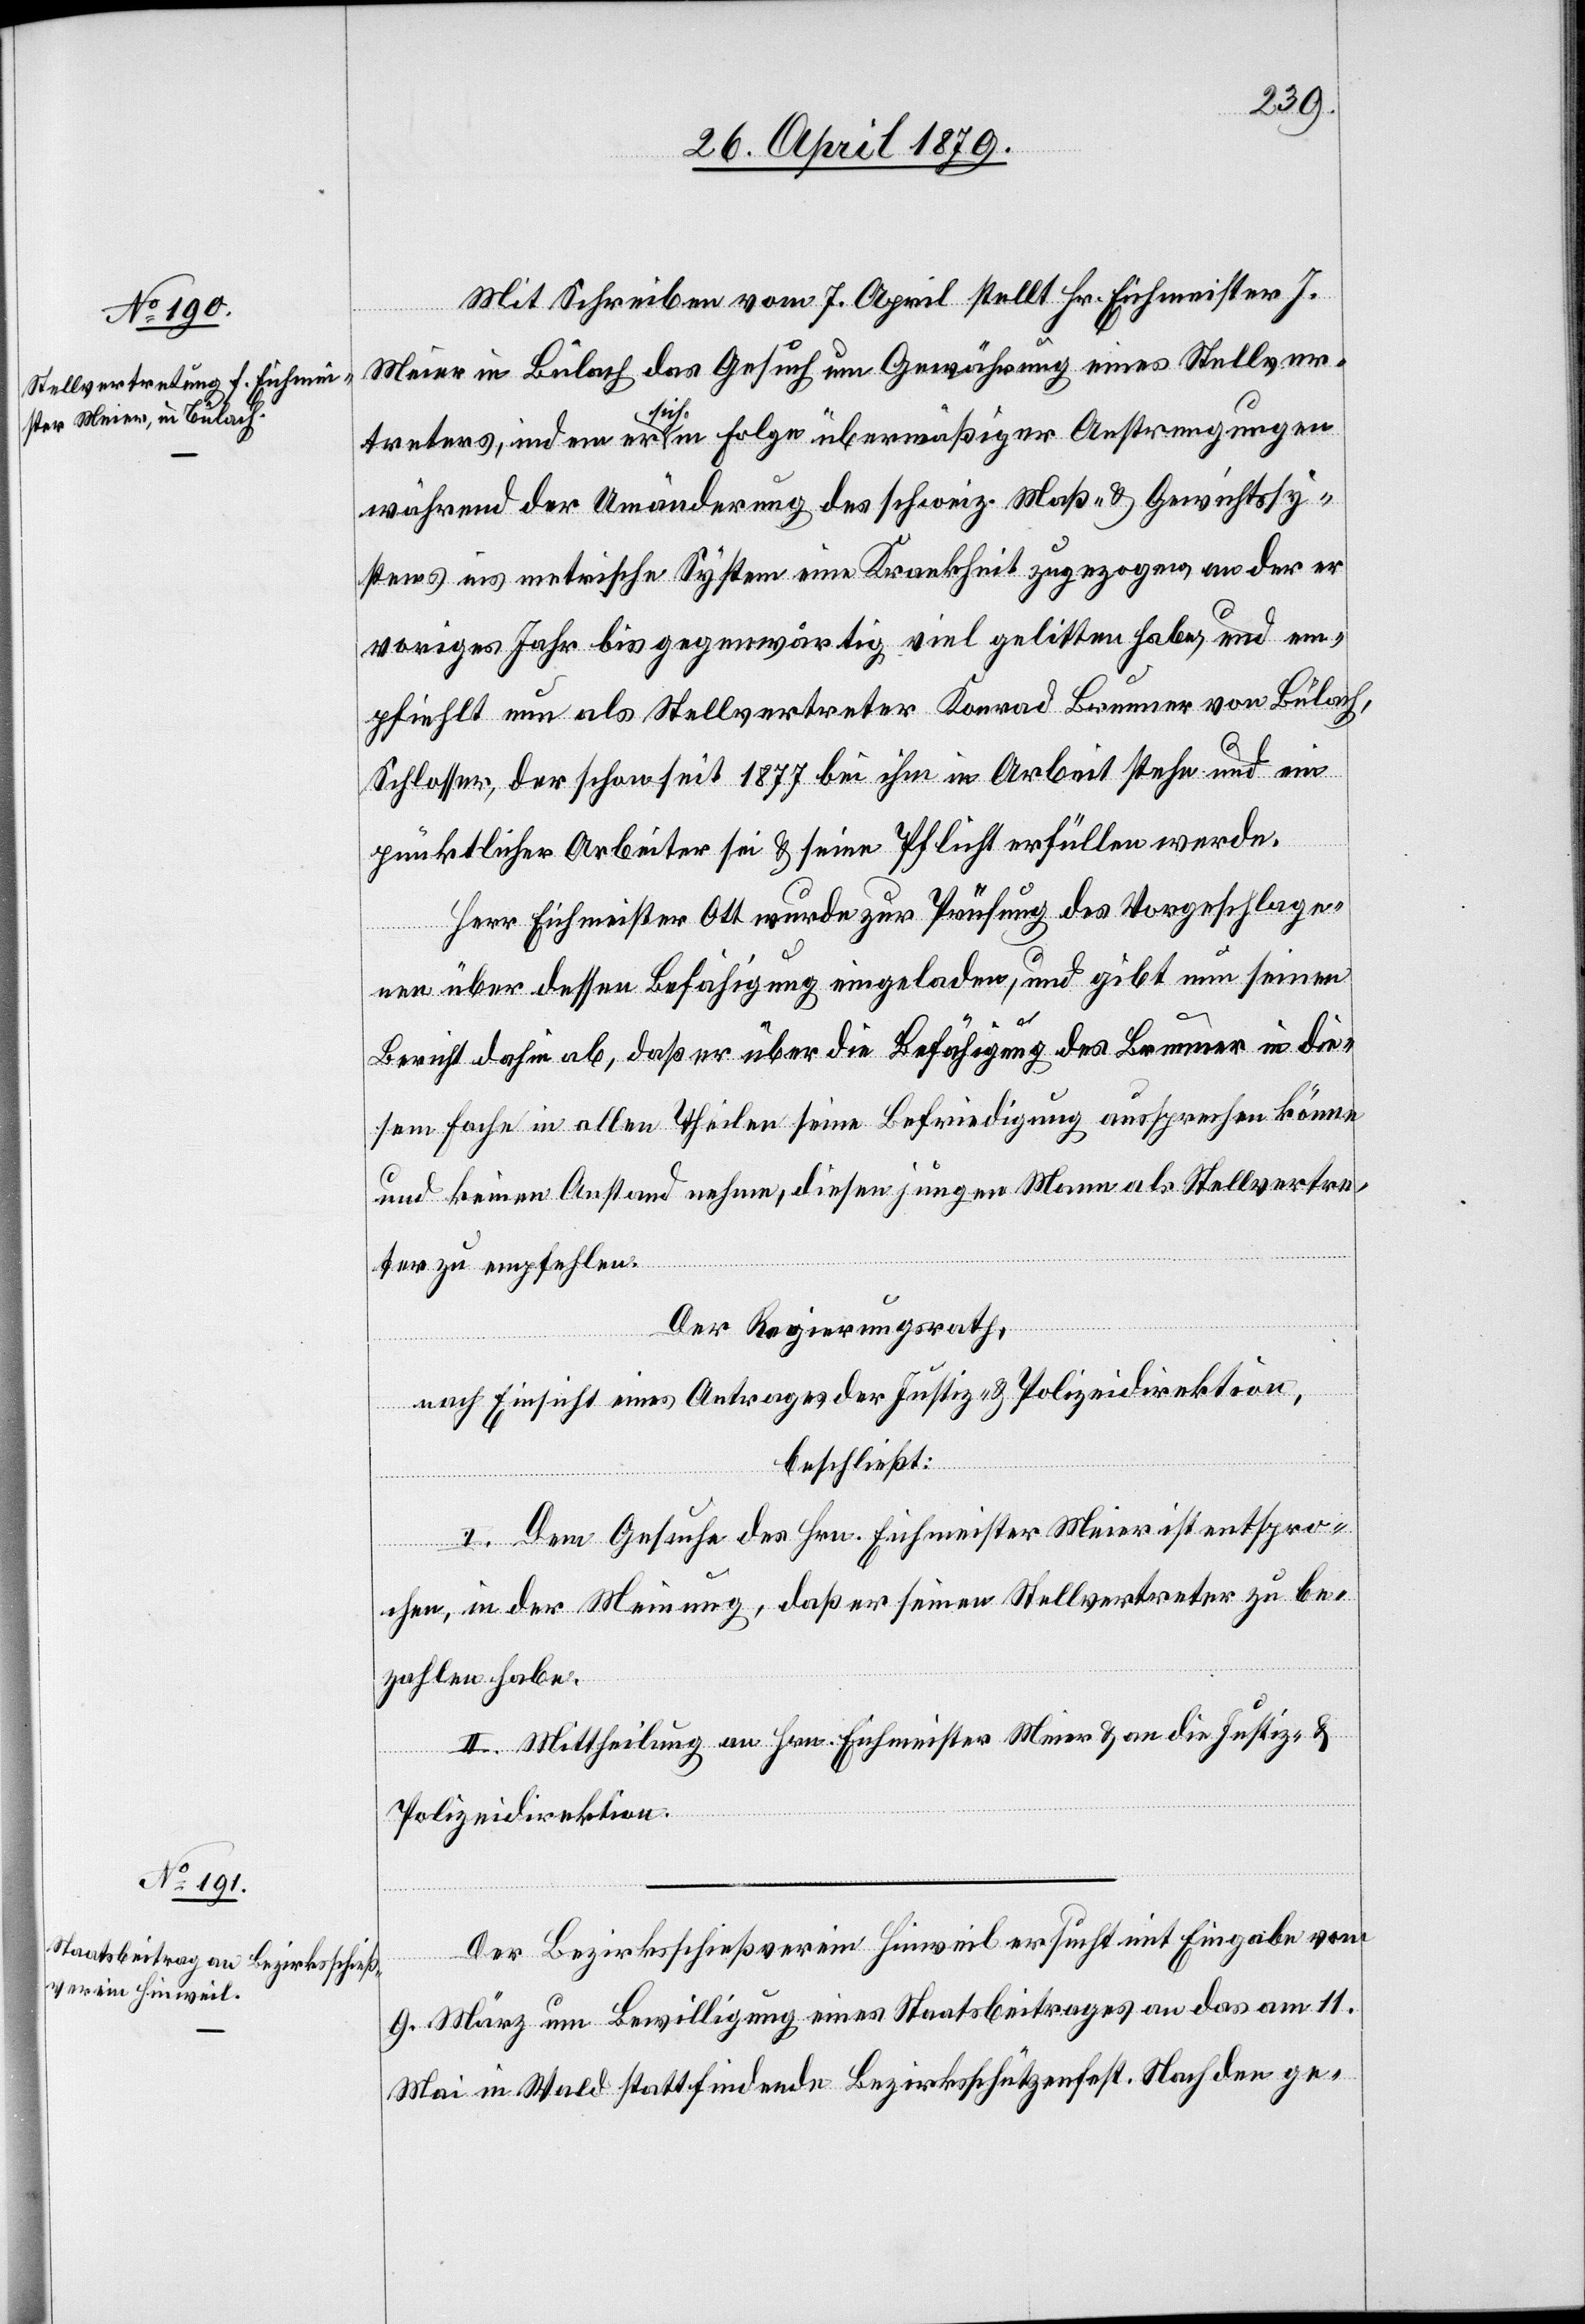
Mit Schreiben vom 7. April stellt Hr. Eichmeister J.
Meier in Bülach das Gesuch um Gewährung eines Stellver¬
treters, indem er sich in Folge übermäßiger Anstrengungen
während der Umänderung des schweiz. Maß- & Gewichtssy¬
stems ins metrische System eine Krankheit zugezogen, an der er
voriges Jahr bis gegenwärtig viel gelitten habe, und em¬
pfiehlt nun als Stellvertreter Konrad Brunner von Bülach,
Schlosser, der schon seit 1877 bei ihm in Arbeit stehe und ein
pünktlicher Arbeiter sei & seine Pflicht erfüllen werde.
Herr Eichmeister Ott wurde zur Prüfung des Vorgeschlage¬
nen über dessen Befähigung eingeladen, und gibt nun seinen
Bericht dahin ab, daß er über die Befähigung des Brunner in die¬
sem Fache in allen Theilen seine Befriedigung aussprechen könne
und keinen Anstand nehme, diesen jungen Mann als Stellvertre¬
ter zu empfehlen.
Der Regierungsrath,
nach Einsicht eines Antrages der Justiz- & Polizeidirektion,
beschließt:
I. Dem Gesuche des Hrn. Eichmeister Meier ist entspro¬
chen, in der Meinung, daß er seinen Stellvertreter zu be¬
zahlen habe.
II. Mittheilung an Hrn. Eichmeister Meier & an die Justiz- &
Polizeidirektion.
Der Bezirksschießverein Hinweil ersucht mit Eingabe vom
9. März um Bewilligung eines Staatsbeitrages an das am 11.
Mai in Wald stattfindende Bezirksschützenfest. Nach den ge-